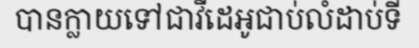
បានក្លាយទៅជាវីដេអូជាប់លំដាប់ទី